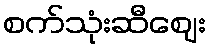
စက်သုံးဆီဈေး